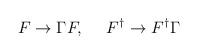
LaTeX: \begin{align*}F\rightarrow \Gamma F, \ \ \ \ F^{\dagger}\rightarrow F^{\dagger}\Gamma\end{align*}